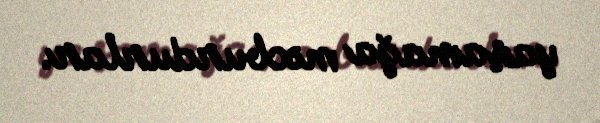
yaşamağa məcburdurlar.